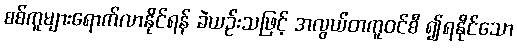
စစ်ကူများရောက်လာနိုင်ရန် ခဲယဉ်းသဖြင့် အလွယ်တကူဝင်စီ ၍ရနိုင်သော